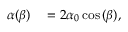
\begin{array} { r l } { \alpha ( \beta ) } & { { } = 2 \alpha _ { 0 } \cos { ( \beta ) } , } \end{array}